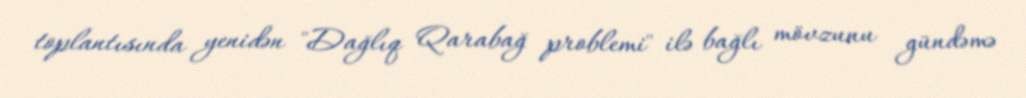
toplantısında yenidən "Dağlıq Qarabağ problemi" ilə bağlı mövzunu gündəmə